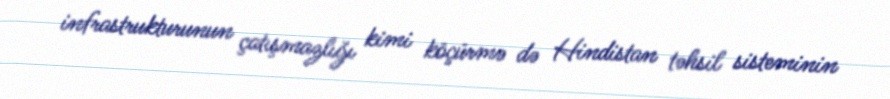
infrastrukturunun çatışmazlığı kimi köçürmə də Hindistan təhsil sisteminin